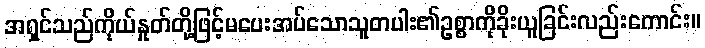
အရှင်သည်ကိုယ်နှုတ်တို့ဖြင့်မပေးအပ်သောသူတပါး၏ဥစ္စာကိုခိုးယူခြင်းလည်းကောင်း။